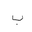
Letter: _ba